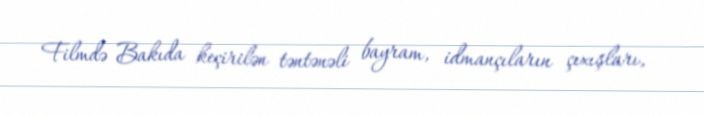
Filmdə Bakıda keçirilən təntənəli bayram, idmançıların çıxışları,